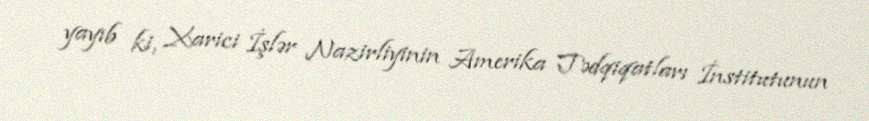
yayıb ki, Xarici İşlər Nazirliyinin Amerika Tədqiqatları İnstitutunun